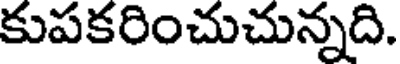
కుపకరించుచున్నది.